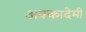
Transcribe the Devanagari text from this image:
अक्कादेमी